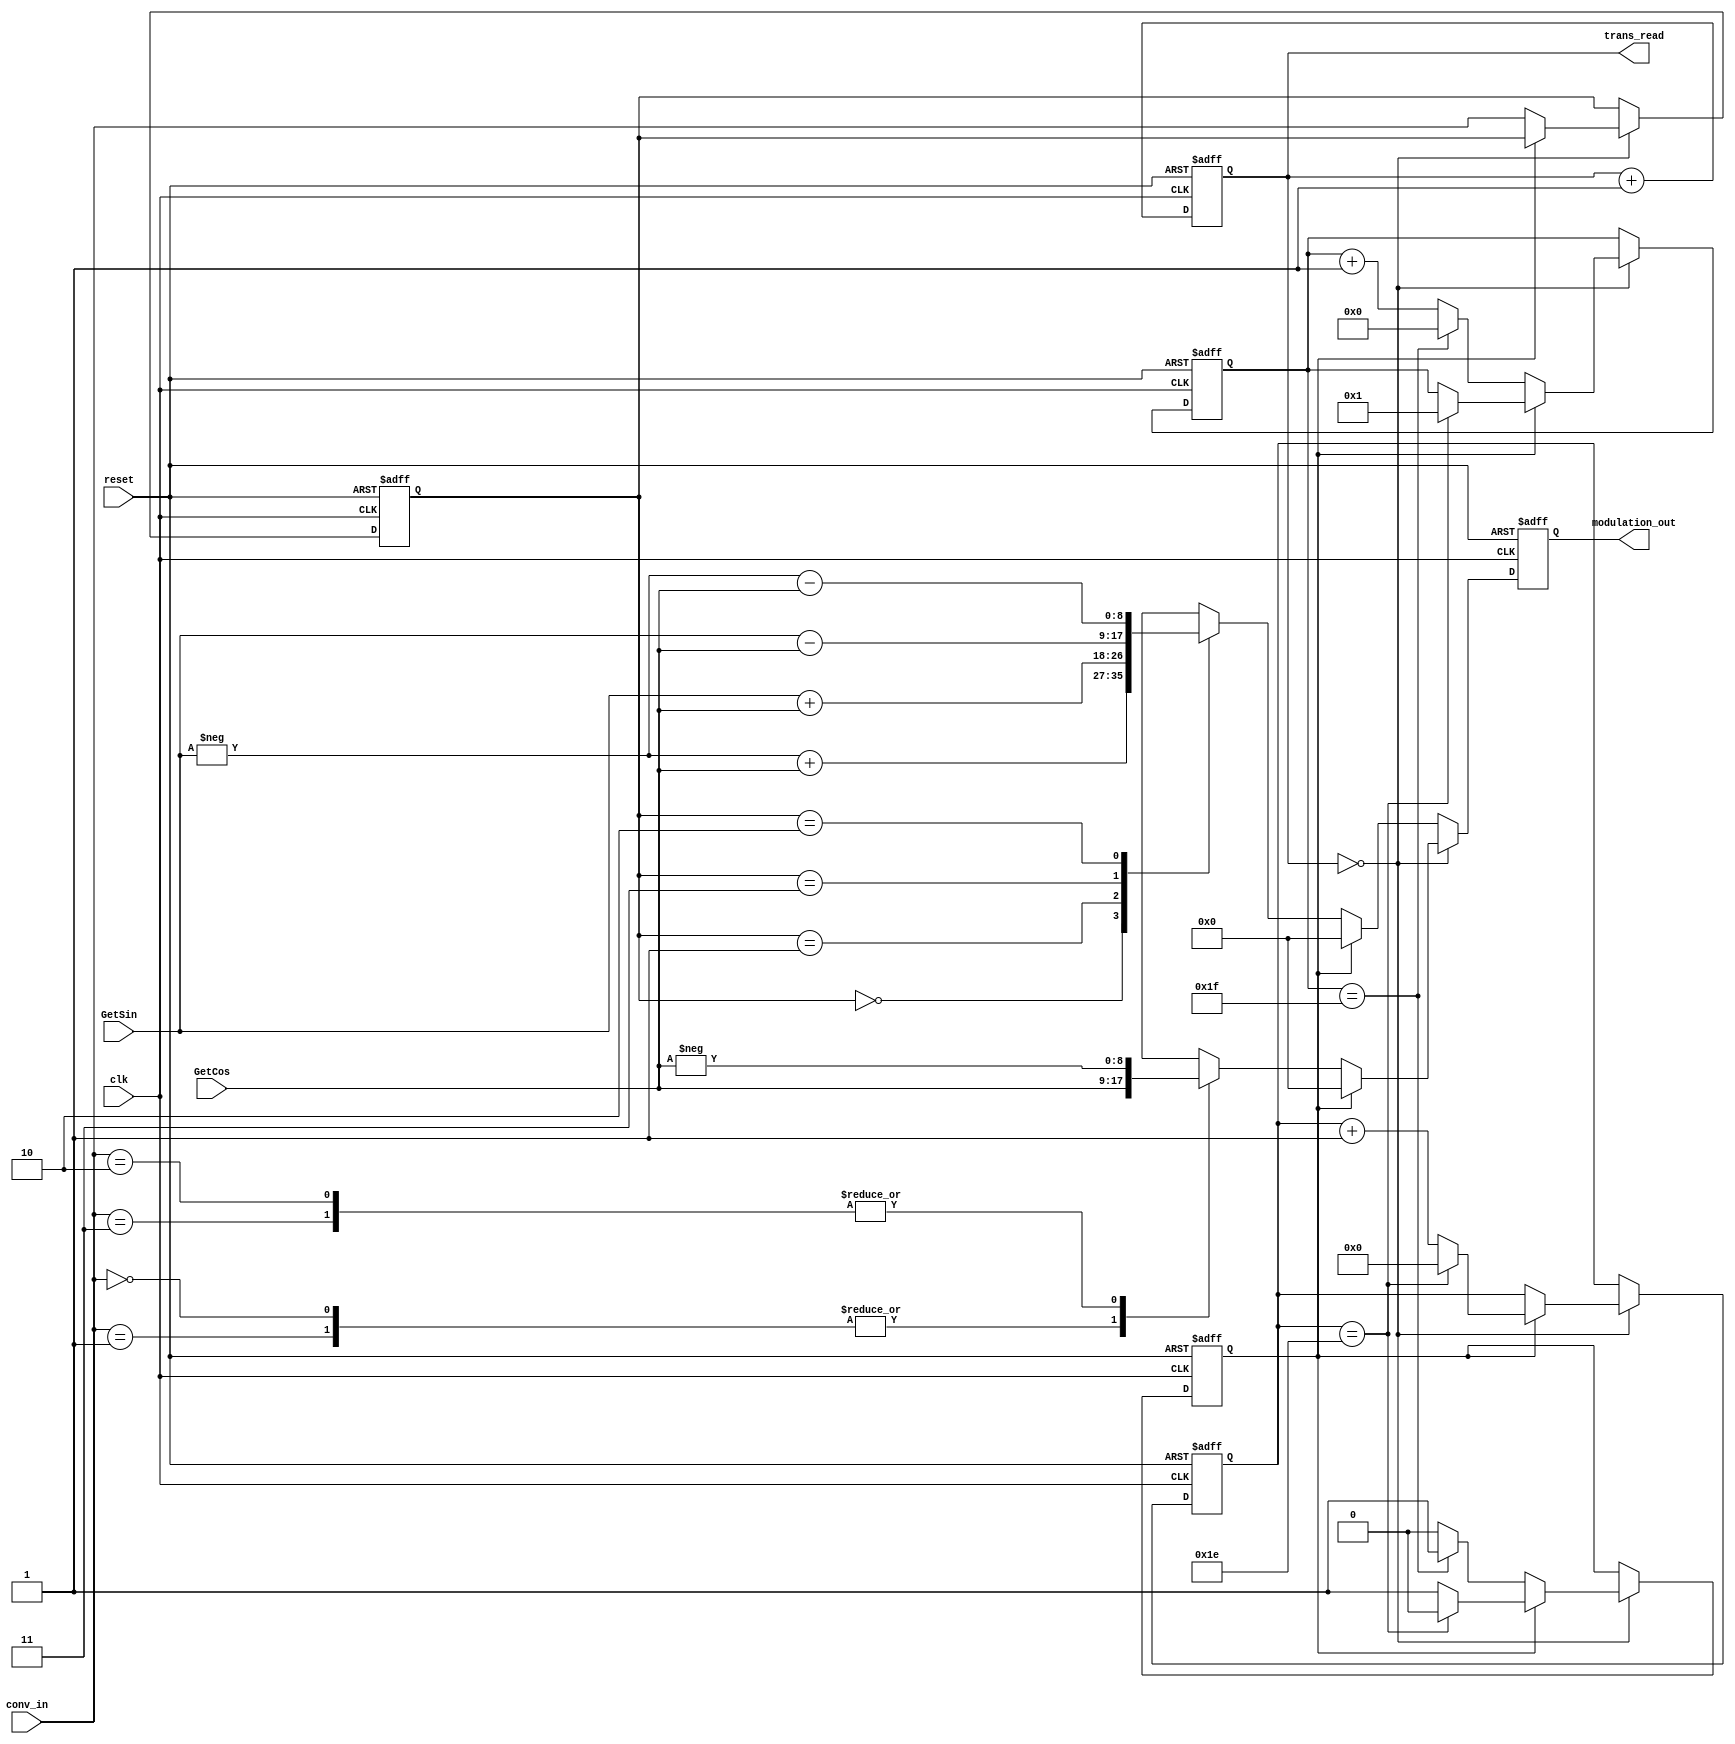
module QAM(
	input [1:0] conv_in,
	input clk,
	input reset,
	input [8:0] GetSin,
	input [8:0] GetCos,
	output reg signed [8:0] modulation_out,
	output reg [6:0] trans_read
	);


reg [1:0] current_conv;
reg signed [5:0] symbol_count;

reg rest;
reg [4:0] rest_count;

always@(posedge clk or negedge reset) begin
	if(~reset) begin
		trans_read <= 7'd0;
		current_conv <= 2'd0;
		modulation_out <= 9'd0;
		symbol_count <= -6'd2;
		rest <= 1'b0;
		rest_count <= 5'd0;
	end
	else begin
		if(trans_read == 7'd0) begin // starting time of a symbol
			if(!rest) begin // Start Sending a new symbol if not resting
				current_conv <= conv_in;
				case(conv_in)
					2'b00,2'b01:modulation_out <= GetCos;
					2'b10,2'b11:modulation_out <= -GetCos;
				endcase
				
				if(symbol_count == 6'd31) begin  //Have a rest if having sent 32 symbols
					rest <= 1'b1;
					symbol_count <= 6'd0;
				end
				else symbol_count <= symbol_count + 6'd1;
				
			end
			else begin // if resting
				modulation_out <= 9'd0;
				if(rest_count == 5'd30) begin // Terminating the rest if having rest for 16 symbols 
					rest <= 1'b0;
					rest_count <= 5'd0;
					symbol_count <= 6'd1;
				end
				else rest_count <= rest_count + 5'd1;
			end
		end
		else begin
			if(!rest) case(current_conv)
				 2'b00: modulation_out <= -GetSin + GetCos;
				 2'b01: modulation_out <= GetSin + GetCos;
				 2'b11: modulation_out <= GetSin - GetCos;
				 2'b10: modulation_out <= -GetSin - GetCos;
			endcase
			else modulation_out <= 9'd0;
		end
			
		trans_read <= trans_read + 7'd1;
	end
end


endmodule